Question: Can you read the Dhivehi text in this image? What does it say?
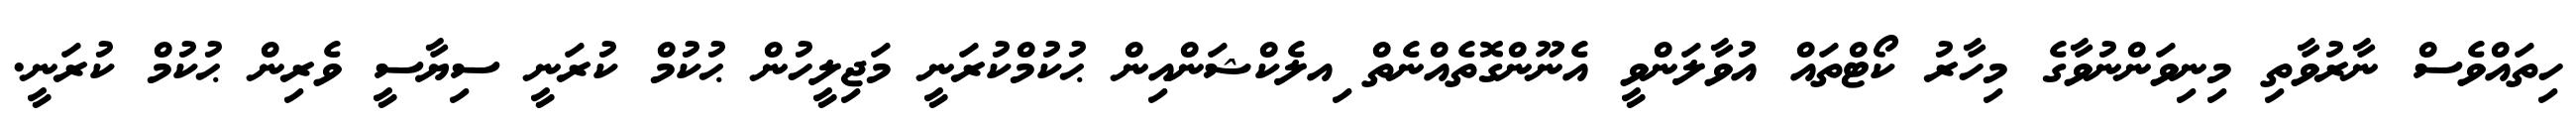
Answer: ހިތައްވެސް ނާރުވާތި މިނިވަންނުވާގެ މިހާރު ކޯޓްތައް އުވާލަންވީ އެނޫންގޮތެއްނެތް ިއލެކްޝަންއިން ޙުކުމްކުރަނީ މަޖިލީހުން ޙުކުމް ކުރަނީ ސިޔާސީ ވެރިން ޙުކުމް ކުރަނީ.